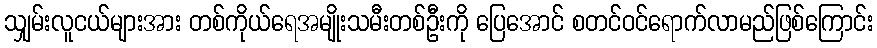
သျှမ်းလူငယ်များအား တစ်ကိုယ်ရေအမျိုးသမီးတစ်ဦးကို ပြေအောင် စတင်ဝင်ရောက်လာမည်ဖြစ်ကြောင်း